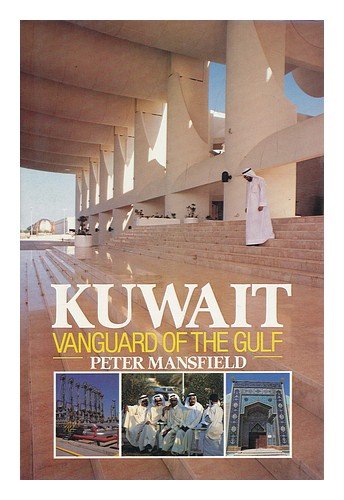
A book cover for Kuwait, Vanguard of the Gulf; Peter Mansfield; History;